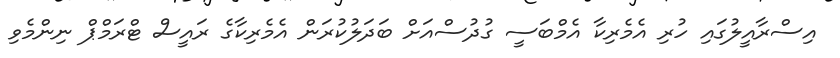
އިސްރާއީލުގައި ހުރި އެމެރިކާ އެމްބަސީ ގުދުސްއަށް ބަދަލުކުރަން އެމެރިކާގެ ރައީސް ޓްރަމްޕް ނިންމެވި